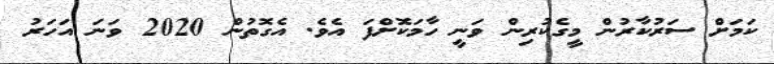
ކަމަށް ސަރުކާރުން މީގެކުރިން ވަނީ ހާމަކޮށްފަ އެވެ. އެގޮތުން 2020 ވަނަ އަހަރު